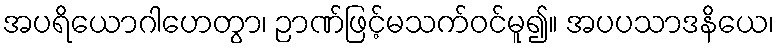
အပရိယောဂါဟေတွာ၊ ဉာဏ်ဖြင့်မသက်ဝင်မူ၍။ အပပသာဒနိယေ၊